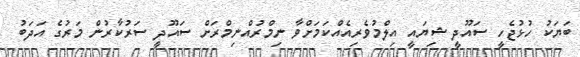
ބަޔަކު ހުޅުޖެހީ ސައޫދީ ޝިޔައީ އިލްމުވެރިއެއްކަމަށްވާ ނިމްރުއްނިމްރަށް ސައޫދީ ސަރުކާރުން މަރުގެ އަދަބު